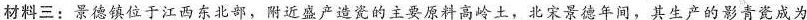
材料三：景德镇位于江西东北部，附近盛产造瓷的主要原料高岭土，北宋景德年间，其生产的影青瓷成为